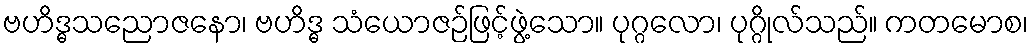
ဗဟိဒ္ဓသညောဇနော၊ ဗဟိဒ္ဓ သံယောဇဉ်ဖြင့်ဖွဲ့သော။ ပုဂ္ဂလော၊ ပုဂ္ဂိုလ်သည်။ ကတမောစ၊